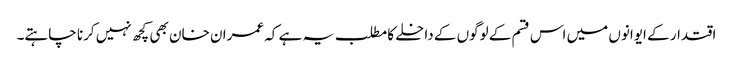
اقتدار کے ایوانوں میں اس قسم کے لوگوں کے داخلے کا مطلب یہ ہے کہ عمران خان بھی کچھ نہیں کرنا چاہتے۔